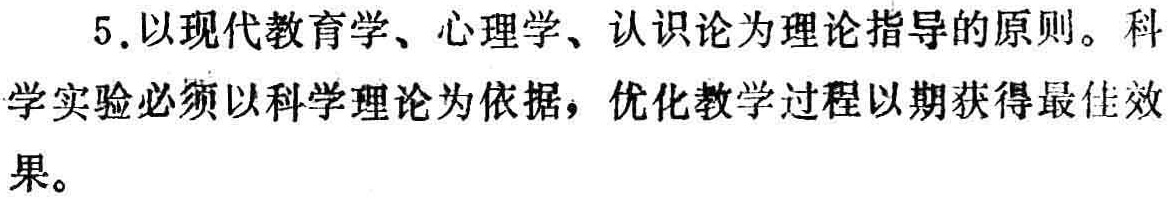
5.以现代教育学、心理学、认识论为理论指导的原则。科学实验必须以科学理论为依据，优化教学过程以期获得最佳效果。